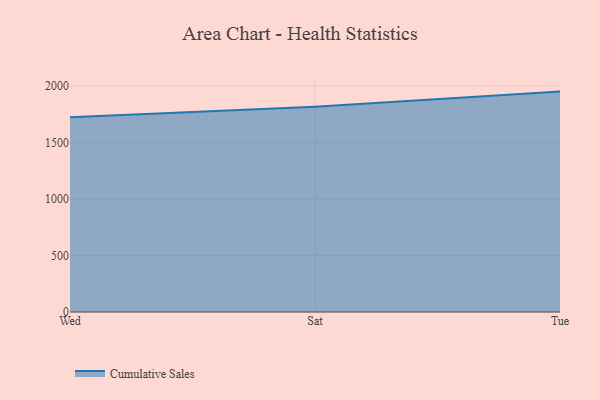
{"axis": {"x": "Day", "y": "Conversion Rate (%)"}, "legend": ["Cumulative Sales"], "data": [{"x": "Wed", "y": 1723.5, "type": "Cumulative Sales"}, {"x": "Sat", "y": 1817.0, "type": "Cumulative Sales"}, {"x": "Tue", "y": 1951.3, "type": "Cumulative Sales"}]}